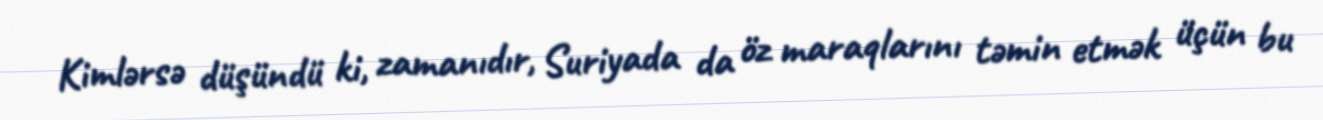
Kimlərsə düşündü ki, zamanıdır, Suriyada da öz maraqlarını təmin etmək üçün bu